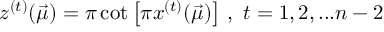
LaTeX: z ^ { ( t ) } ( \vec { \mu } ) = \pi \cot \left[ \pi x ^ { ( t ) } ( \vec { \mu } ) \right] \, , \, \, t = 1 , 2 , . . . n - 2 \,